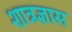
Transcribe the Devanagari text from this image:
शात्रज्ञास